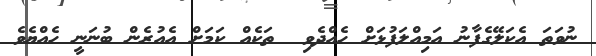
ނުވަތަ އެކަލޭގެފާނު އަމިއްލަފުޅަށް ހެއްދެވި  ތަކެއް ކަމަށް އެއުރެން ބުނަނީ ހެއްޔެވެ